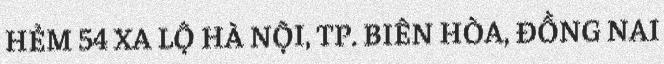
HẺM 54 XA LỘ HÀ NỘI, TP. BIÊN HÒA, ĐỒNG NAI